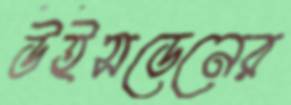
উইসডেনের